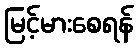
မြင့်မားစေရန်